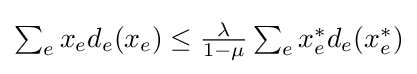
\textstyle \sum _{e}x_{e}d_{e}(x_{e})\leq {\frac {\lambda }{1-\mu }}\sum _{e}x_{e}^{*}d_{e}(x_{e}^{*})